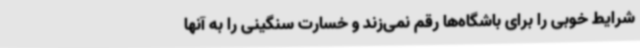
شرایط خوبی را برای باشگاه‌ها رقم نمی‌زند و خسارت سنگینی را به آنها